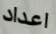
اعداد